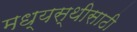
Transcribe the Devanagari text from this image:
मध्यस्थीसाठी